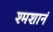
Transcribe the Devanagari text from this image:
श्मशानं